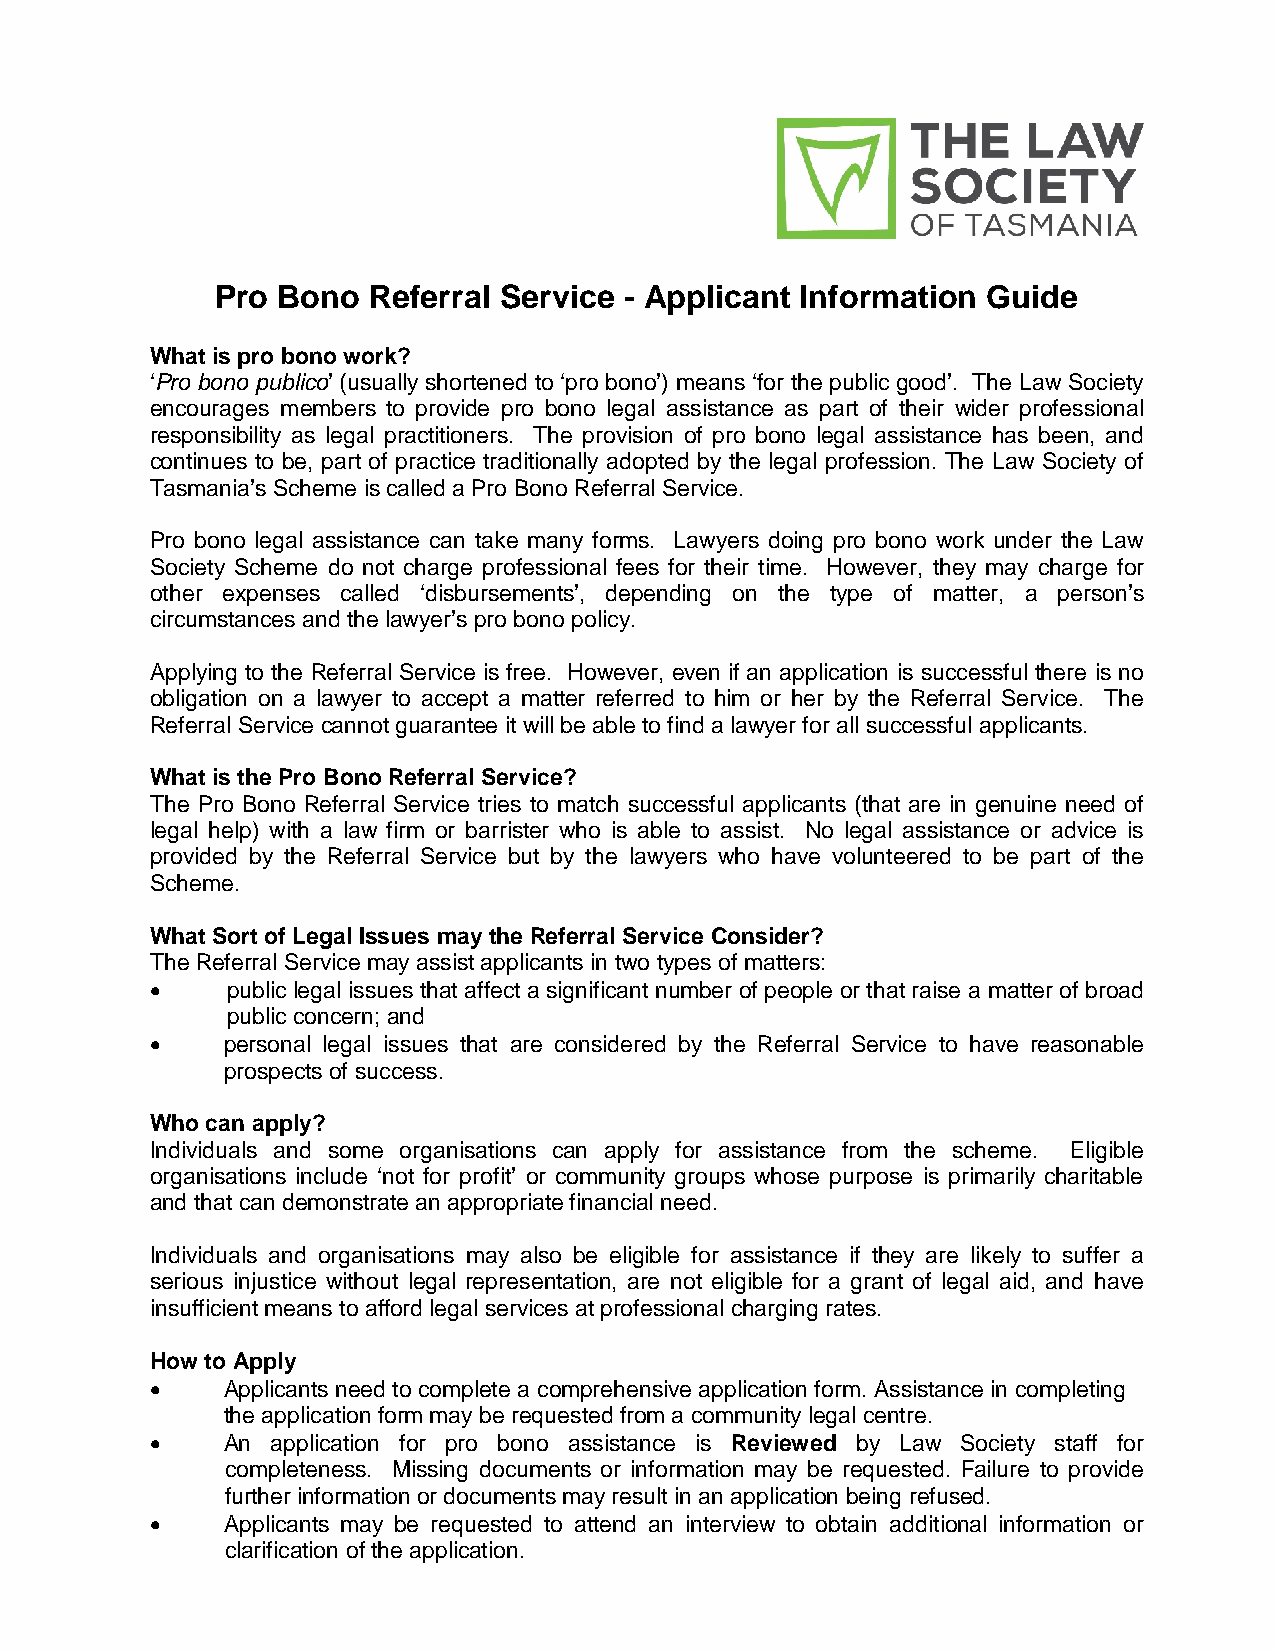
Pro Bono  Referral Service - Applicant Information Guide
 What is pro bono work?
 ‘Pro bono publico’ (usually shortened to ‘pro bono’) means ‘for the public good’. The Law Society
 encourages members to provide pro bono legal assistance as part of their wider professional
 responsibility as legal practitioners. The provision of pro bono legal assistance has been, and
 continues to be, part of practice traditionally adopted by the legal profession. The Law Society of
 Tasmania’s Scheme is called a Pro Bono Referral Service.
 Pro bono legal assistance can take many forms. Lawyers doing pro bono work under the Law
 Society Scheme do not charge professional fees for their time. However, they may charge for
 other expenses called ‘disbursements’, depending on the type of matter, a person’s
 circumstances and the lawyer’s pro bono policy.
 Applying to the Referral Service is free. However, even if an application is successful there is no
 obligation on a lawyer to accept a matter referred to him or her by the Referral Service. The
 Referral Service cannot guarantee it will be able to find a lawyer for all successful applicants.
 What is the Pro Bono Referral Service?
 The Pro Bono Referral Service tries to match successful applicants (that are in genuine need of
 legal help) with a law firm or barrister who is able to assist. No legal assistance or advice is
 provided by the Referral Service but by the lawyers who have volunteered to be part of the
 Scheme.
 What Sort of Legal Issues may the Referral Service Consider?
 The Referral Service may assist applicants in two types of matters:
 •    public legal issues that affect a significant number of people or that raise a matter of broad
 public concern; and
 •    personal legal issues that are considered by the Referral Service to have reasonable
 prospects of success.
 Who can apply?
 Individuals and some organisations can apply for assistance from the scheme. Eligible
 organisations include ‘not for profit’ or community groups whose purpose is primarily charitable
 and that can demonstrate an appropriate financial need.
 Individuals and organisations may also be eligible for assistance if they are likely to suffer a
 serious injustice without legal representation, are not eligible for a grant of legal aid, and have
 insufficient means to afford legal services at professional charging rates.
 How to Apply
 •    Applicants need to complete a comprehensive application form. Assistance in completing
 the application form may be requested from a community legal centre.
 •    An application for pro bono assistance is Reviewed by Law Society staff for
 completeness. Missing documents or information may be requested. Failure to provide
 further information or documents may result in an application being refused.
 •    Applicants may be requested to attend an interview to obtain additional information or
 clarification of the application.